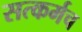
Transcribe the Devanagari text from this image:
सत्कर्मच